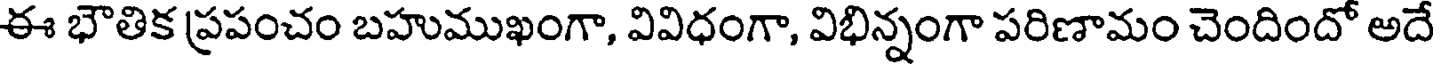
ఈ భౌతిక ప్రపంచం బహుముఖంగా, వివిధంగా, విభిన్నంగా పరిణామం చెందిందో అదే